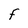
Character: F